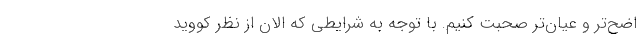
اضح‌تر و عیان‌تر صحبت کنیم. با توجه به شرایطی که الان از نظر کووید